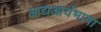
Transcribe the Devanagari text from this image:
आद्यआर्यभाषा